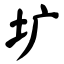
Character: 圹